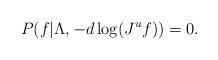
LaTeX: \begin{align*}P(f|\Lambda, -d\log(J^uf)) = 0.\end{align*}